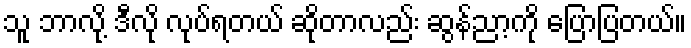
သူ ဘာလို့ ဒီလို လုပ်ရတယ် ဆိုတာလည်း ဆွန်ညာ့ကို ပြောပြတယ်။